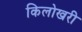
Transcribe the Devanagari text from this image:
किलोखरी